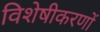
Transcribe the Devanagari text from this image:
विशेषीकरणों